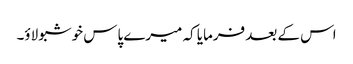
اس کے بعد فرمایا کہ میرے پاس خوشبو لاؤ۔